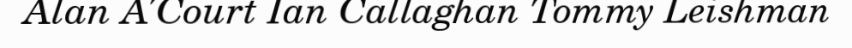
Alan A'Court Ian Callaghan Tommy Leishman